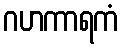
ဂဟကာရကံ